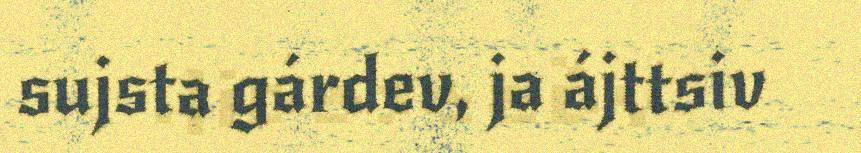
sujsta gárdev, ja ájttsiv